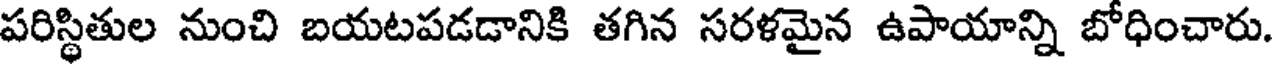
పరిస్థితుల నుంచి బయటపడడానికి తగిన సరళమైన ఉపాయాన్ని బోధించారు.